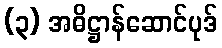
(၃) အဓိဋ္ဌာန်ဆောင်ပုဒ်